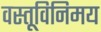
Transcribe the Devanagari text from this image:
वस्तूविनिमय